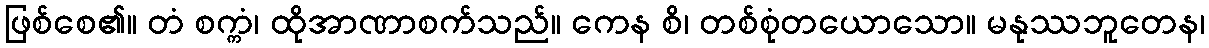
ဖြစ်စေ၏။ တံ စက္ကံ၊ ထိုအာဏာစက်သည်။ ကေန စိ၊ တစ်စုံတယောသော။ မနုဿဘူတေန၊